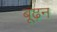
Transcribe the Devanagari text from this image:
बूढ़न